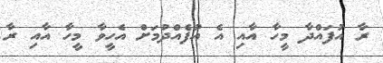
ރާ އުފައްދާ މީހާ އާއި އެ އުފެއްދުމަށް އެހީވާ މީހާ އާއި ރާ